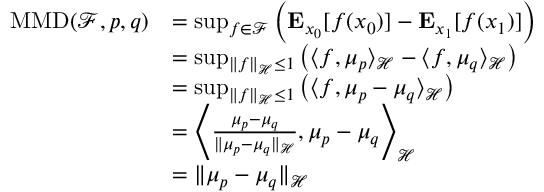
\begin{array} { r l } { \mathrm { M M D } ( \mathcal { F } , p , q ) } & { = \operatorname* { s u p } _ { f \in \mathcal { F } } \left( \mathbf { E } _ { x _ { 0 } } [ f ( x _ { 0 } ) ] - \mathbf { E } _ { x _ { 1 } } [ f ( x _ { 1 } ) ] \right) } \\ & { = \operatorname* { s u p } _ { \| f \| _ { \mathcal { H } } \leq 1 } \left( \langle f , \mu _ { p } \rangle _ { \mathcal { H } } - \langle f , \mu _ { q } \rangle _ { \mathcal { H } } \right) } \\ & { = \operatorname* { s u p } _ { \| f \| _ { \mathcal { H } } \leq 1 } \left( \langle f , \mu _ { p } - \mu _ { q } \rangle _ { \mathcal { H } } \right) } \\ & { = \left\langle \frac { \mu _ { p } - \mu _ { q } } { \| \mu _ { p } - \mu _ { q } \| _ { \mathcal { H } } } , \mu _ { p } - \mu _ { q } \right\rangle _ { \mathcal { H } } } \\ & { = \| \mu _ { p } - \mu _ { q } \| _ { \mathcal { H } } } \end{array}